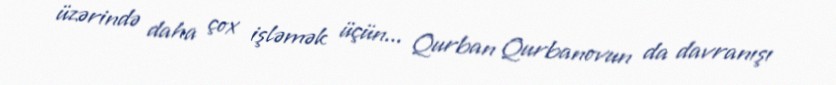
üzərində daha çox işləmək üçün... Qurban Qurbanovun da davranışı